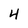
Character: 4